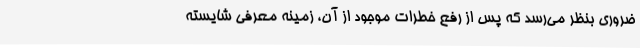
ضروری بنظر می‌رسد که پس از رفع خطرات موجود از آن، زمینه معرفی شایسته